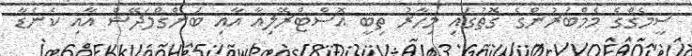
ސީމެގްގެ މެމްބަރުންގެ ގޮތުގައި މިހާރު ތިބީ އޮސްޓްރޭލިއާ އާއި ބަންގްލަދޭޝް އާއި ކެނެޑާ